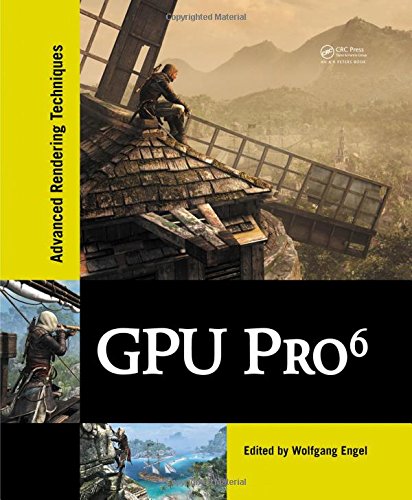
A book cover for GPU Pro 6: Advanced Rendering Techniques; Computers & Technology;